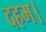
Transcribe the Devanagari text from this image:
दहम।